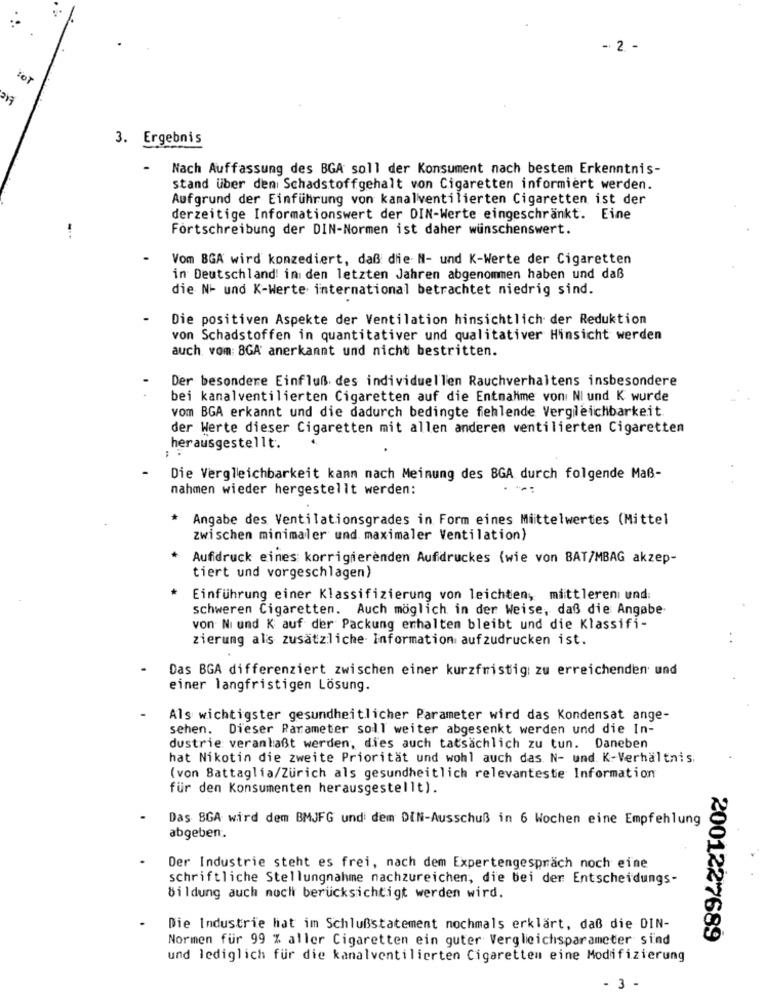
-. 2. -
HOT
3. Ergebnis
Nach Auffassung des BGA soll der Konsument nach bestem Erkenntnis-
stand über den Schadstoffgehalt von Cigaretten informiert werden.
Aufgrund der Einführung von kamalventilierten Cigaretten ist der
derzeitige Informationswert der DIN-Werte eingeschränkt. Eine
Fortschreibung der DIN-Normen ist daher wünschenswert.
Vom BGA wird konzediert, daß die N- und K-Werte der Cigaretten
in Deutschland! ini den letzten Jahren abgenommen haben und daß
die N- und K-Werte international betrachtet niedrig sind.
Die positiven Aspekte der Ventilation hinsichtlich der Reduktion
von Schadstoffen in quantitativer und qualitativer Hinsicht werden
auch vom: 8GA anerkannt und nicht bestritten.
Der besondere Einfluß des individuellen Rauchverhaltens insbesondere
bei kanalventilierten Cigaretten auf die Entnahme von: NI und K wurde
vom BGA erkannt und die dadurch bedingte fehlende Vergleichbarkeit
der Werte dieser Cigaretten mit allen anderen ventilierten Cigaretten
herausgestellt.
Die Vergleichbarkeit kann nach Meinung des BGA durch folgende Maß-
nahmen wieder hergestellt werden:
Angabe des Ventilationsgrades in Form eines Mittelwertes (Mittel
zwischen minimaler und maximaler Ventilation)
Aufdruck eines korrigierenden Aufdruckes (wie von BAT/MBAG akzep-
tiert und vorgeschlagen)
Einführung einer Klassifizierung von leichten, mittleren und:
schweren Cigaretten. Auch möglich in der Weise, daß die Angabe
von Ni und K auf der Packung erhalten bleibt und die Klassifi-
zierung als zusätzliche Information aufzudrucken ist.
Das BGA differenziert zwischen einer kurzfristig zu erreichenden und
einer langfristigen Lösung.
Als wichtigster gesundheitlicher Parameter wird das Kondensat ange-
sehen. Dieser Parameter soll weiter abgesenkt werden und die In-
dustrie: veranlaßt werden, dies auch tatsächlich zu tun. Daneben
hat Nikotin die zweite Priorität und wohl auch das N- und. K-Verhältnis.
(von Battaglia/Zürich als gesundheitlich relevanteste Information
für den Konsumenten herausgestellt).
Das BGA wird dem BMJFG undi dem DIN-Ausschuß in 6 Wochen eine Empfehlung
abgeben.
Der Industrie steht es frei, nach dem Expertengespräch noch eine
schriftliche Stellungnahme nachzureichen, die bei der Entscheidungs-
Bildung auch noch berücksichtigt werden wird.
Die Industrie hat im Schlußstatement nochmals erklärt, daß die DIN-
Normen für 99 % aller Cigaretten ein guter Vergleichsparameter sind
2001227689
und lediglich für die kanalventilierten Cigaretten eine Modifizierung
3 -